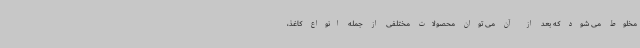
مخلوط می شود که بعد از آن می توان محصولات مختلفی از جمله انواع کاغذ،